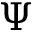
\Psi